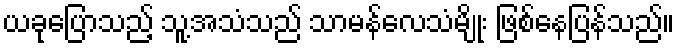
ယခုပြောသည့် သူ့အသံသည် သာမန်လေသံမျိုး ဖြစ်နေပြန်သည်။